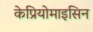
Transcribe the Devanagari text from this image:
केप्रियोमाइसिन